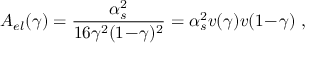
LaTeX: A _ { e l } ( \gamma ) = \frac { \alpha _ { s } ^ { 2 } } { 1 6 \gamma ^ { 2 } ( 1 \! - \! \gamma ) ^ { 2 } } = \alpha _ { s } ^ { 2 } v ( \gamma ) v ( 1 \! - \! \gamma ) \ ,